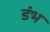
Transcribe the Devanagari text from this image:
डंभ